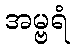
အမ္ဗရံ